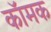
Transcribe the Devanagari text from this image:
कॉमक